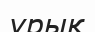
ұрық